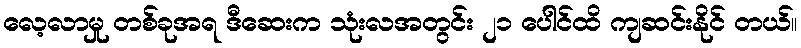
လေ့လာမှု တစ်ခုအရ ဒီဆေးက သုံးလအတွင်း ၂၁ ပေါင်ထိ ကျဆင်းနိုင် တယ်။